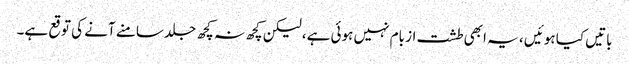
باتیں کیا ہوئیں ، یہ ابھی طشت از بام نہیں ہوئی ہے، لیکن کچھ نہ کچھ جلد سامنے آنے کی توقع ہے۔